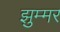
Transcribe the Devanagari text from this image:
झुम्मर